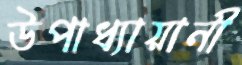
উপাধ্যায়ানী